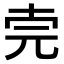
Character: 𠒈